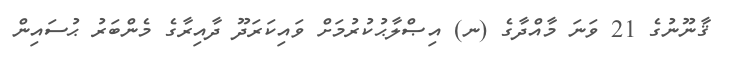
ޤާނޫނުގެ 21 ވަނަ މާއްދާގެ (ނ) އިޞްލާޙުކުރުމަށް ވައިކަރަދޫ ދާއިރާގެ މެންބަރު ޙުސައިން